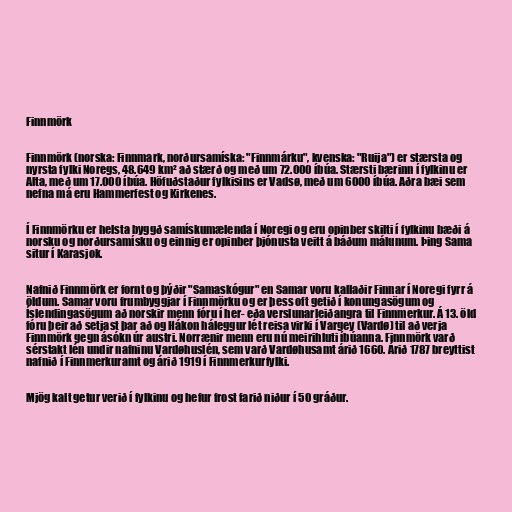
Finnmörk

Finnmörk (norska: Finnmark, norðursamíska: "Finnmárku", kvenska: "Ruija") er stærsta og
nyrsta fylki Noregs, 48.649 km² að stærð og með um 72.000 íbúa. Stærsti bærinn í fylkinu er
Alta, með um 17.000 íbúa. Höfuðstaður fylkisins er Vadsø, með um 6000 íbúa. Aðra bæi sem
nefna má eru Hammerfest og Kirkenes.

Í Finnmörku er helsta byggð samískumælenda í Noregi og eru opinber skilti í fylkinu bæði á
norsku og norðursamísku og einnig er opinber þjónusta veitt á báðum málunum. Þing Sama
situr í Karasjok.

Nafnið Finnmörk er fornt og þýðir "Samaskógur" en Samar voru kallaðir Finnar í Noregi fyrr á
öldum. Samar voru frumbyggjar í Finnmörku og er þess oft getið í konungasögum og
Íslendingasögum að norskir menn fóru í her- eða verslunarleiðangra til Finnmerkur. Á 13. öld
fóru þeir að setjast þar að og Hákon háleggur lét reisa virki í Vargey (Vardø) til að verja
Finnmörk gegn ásókn úr austri. Norrænir menn eru nú meirihluti íbúanna. Finnmörk varð
sérstakt lén undir nafninu Vardøhuslén, sem varð Vardøhusamt árið 1660. Árið 1787 breyttist
nafnið í Finnmerkuramt og árið 1919 í Finnmerkurfylki.

Mjög kalt getur verið í fylkinu og hefur frost farið niður í 50 gráður.